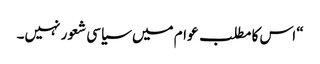
“ اس کا مطلب عوام میں سیاسی شعور نہیں۔